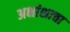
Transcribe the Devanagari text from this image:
अक्षांशाचा